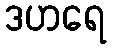
ဒဟရေ